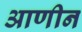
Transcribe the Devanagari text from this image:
आणीन